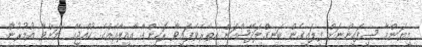
މިޔަންމާ ސިފައިންނަށް ފިލައިގެން ބަނގްލަދޭޝްއަށް އެތެރެވެފައިވާ ރޮހިންގާ އާއިލާއެއްގެ ކުއްޖެއް ކަމަށްވާ އުމުރުން